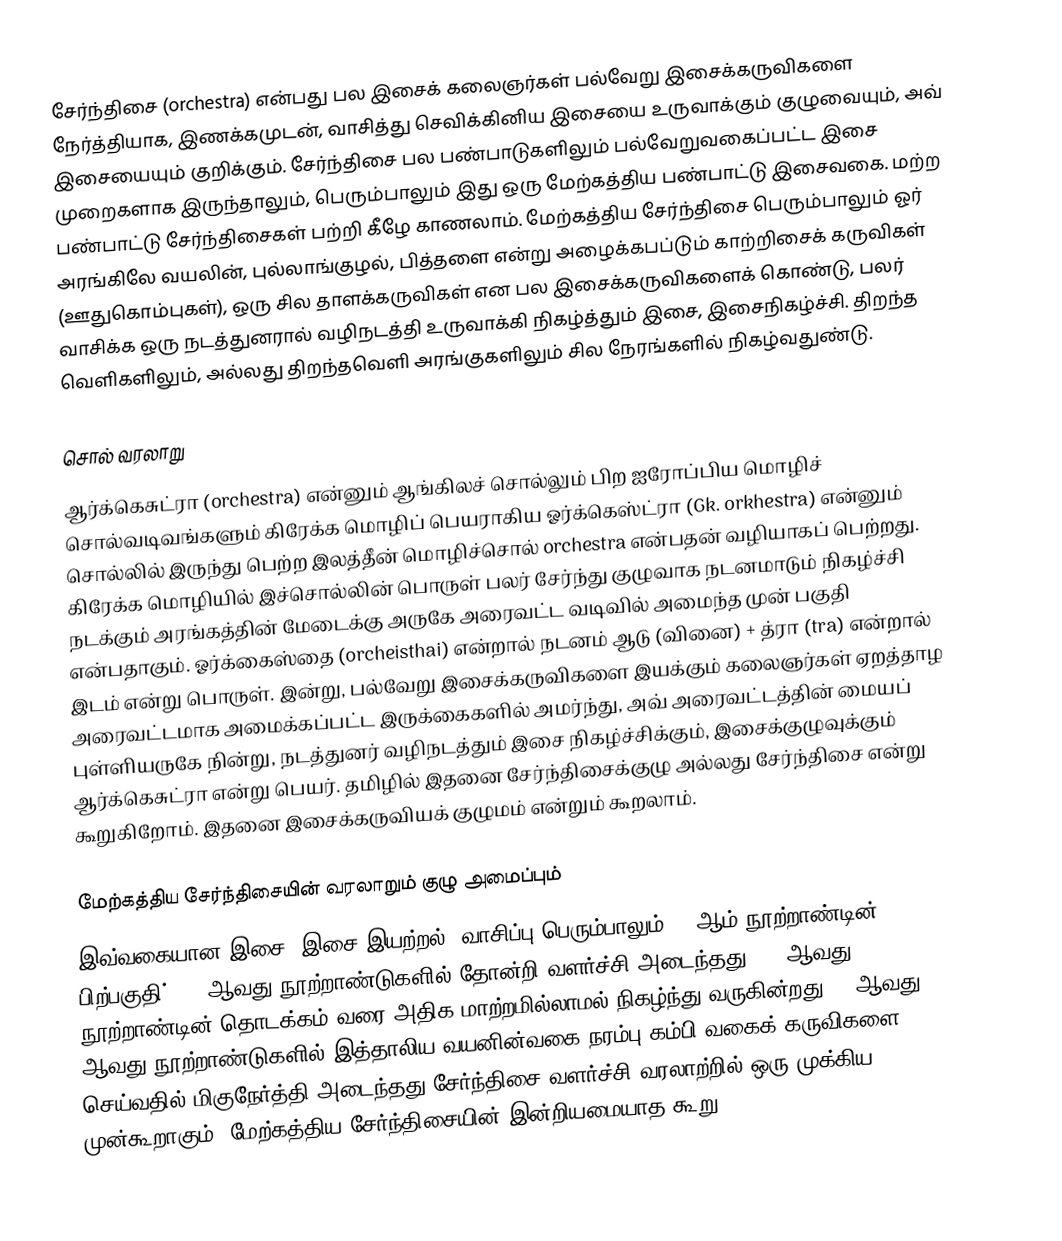
சேர்ந்திசை (orchestra) என்பது பல இசைக் கலைஞர்கள் பல்வேறு இசைக்கருவிகளை நேர்த்தியாக, இணக்கமுடன், வாசித்து செவிக்கினிய இசையை உருவாக்கும் குழுவையும், அவ் இசையையும் குறிக்கும். சேர்ந்திசை பல பண்பாடுகளிலும் பல்வேறுவகைப்பட்ட இசை முறைகளாக இருந்தாலும், பெரும்பாலும் இது ஒரு மேற்கத்திய பண்பாட்டு இசைவகை. மற்ற பண்பாட்டு சேர்ந்திசைகள் பற்றி கீழே காணலாம். மேற்கத்திய சேர்ந்திசை பெரும்பாலும் ஓர் அரங்கிலே வயலின், புல்லாங்குழல், பித்தளை என்று அழைக்கபப்டும் காற்றிசைக் கருவிகள் (ஊதுகொம்புகள்), ஒரு சில தாளக்கருவிகள் என பல இசைக்கருவிகளைக் கொண்டு, பலர் வாசிக்க ஒரு நடத்துனரால் வழிநடத்தி உருவாக்கி நிகழ்த்தும் இசை, இசைநிகழ்ச்சி. திறந்த வெளிகளிலும், அல்லது திறந்தவெளி அரங்குகளிலும் சில நேரங்களில் நிகழ்வதுண்டு.

சொல் வரலாறு
ஆர்க்கெசுட்ரா (orchestra) என்னும் ஆங்கிலச் சொல்லும் பிற ஐரோப்பிய மொழிச் சொல்வடிவங்களும் கிரேக்க மொழிப் பெயராகிய ஓர்க்கெஸ்ட்ரா (Gk. orkhestra) என்னும் சொல்லில் இருந்து பெற்ற இலத்தீன் மொழிச்சொல் orchestra என்பதன் வழியாகப் பெற்றது. கிரேக்க மொழியில் இச்சொல்லின் பொருள் பலர் சேர்ந்து குழுவாக நடனமாடும் நிகழ்ச்சி நடக்கும் அரங்கத்தின் மேடைக்கு அருகே அரைவட்ட வடிவில் அமைந்த முன் பகுதி என்பதாகும். ஓர்க்கைஸ்தை (orcheisthai) என்றால் நடனம் ஆடு (வினை) + த்ரா (tra) என்றால் இடம் என்று பொருள். இன்று, பல்வேறு இசைக்கருவிகளை இயக்கும் கலைஞர்கள் ஏறத்தாழ அரைவட்டமாக அமைக்கப்பட்ட இருக்கைகளில் அமர்ந்து, அவ் அரைவட்டத்தின் மையப் புள்ளியருகே நின்று, நடத்துனர் வழிநடத்தும் இசை நிகழ்ச்சிக்கும், இசைக்குழுவுக்கும் ஆர்க்கெசுட்ரா என்று பெயர். தமிழில் இதனை சேர்ந்திசைக்குழு அல்லது சேர்ந்திசை என்று கூறுகிறோம். இதனை இசைக்கருவியக் குழுமம் என்றும் கூறலாம்.

மேற்கத்திய சேர்ந்திசையின் வரலாறும் குழு அமைப்பும்
இவ்வகையான இசை, இசை இயற்றல், வாசிப்பு பெரும்பாலும் 18 ஆம் நூற்றாண்டின் பிற்பகுதி், 19 ஆவது நூற்றாண்டுகளில் தோன்றி வளர்ச்சி அடைந்தது. 21 ஆவது நூற்றாண்டின் தொடக்கம் வரை அதிக மாற்றமில்லாமல் நிகழ்ந்து வருகின்றது. 15ஆவது 16 ஆவது நூற்றாண்டுகளில் இத்தாலிய வயனின்வகை நரம்பு/கம்பி வகைக் கருவிகளை செய்வதில் மிகுநேர்த்தி அடைந்தது சேர்ந்திசை வளர்ச்சி வரலாற்றில் ஒரு முக்கிய முன்கூறாகும். மேற்கத்திய சேர்ந்திசையின் இன்றியமையாத கூறு